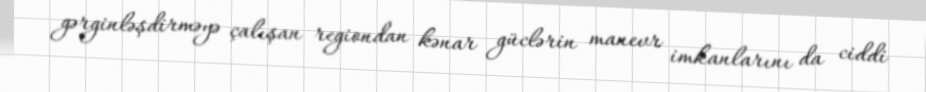
gərginləşdirməyə çalışan regiondan kənar güclərin manevr imkanlarını da ciddi